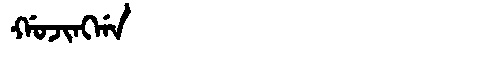
Manchu: ᡤᠣᠵᡳᠩᡤᠠ
Romanization: GOJINGGA